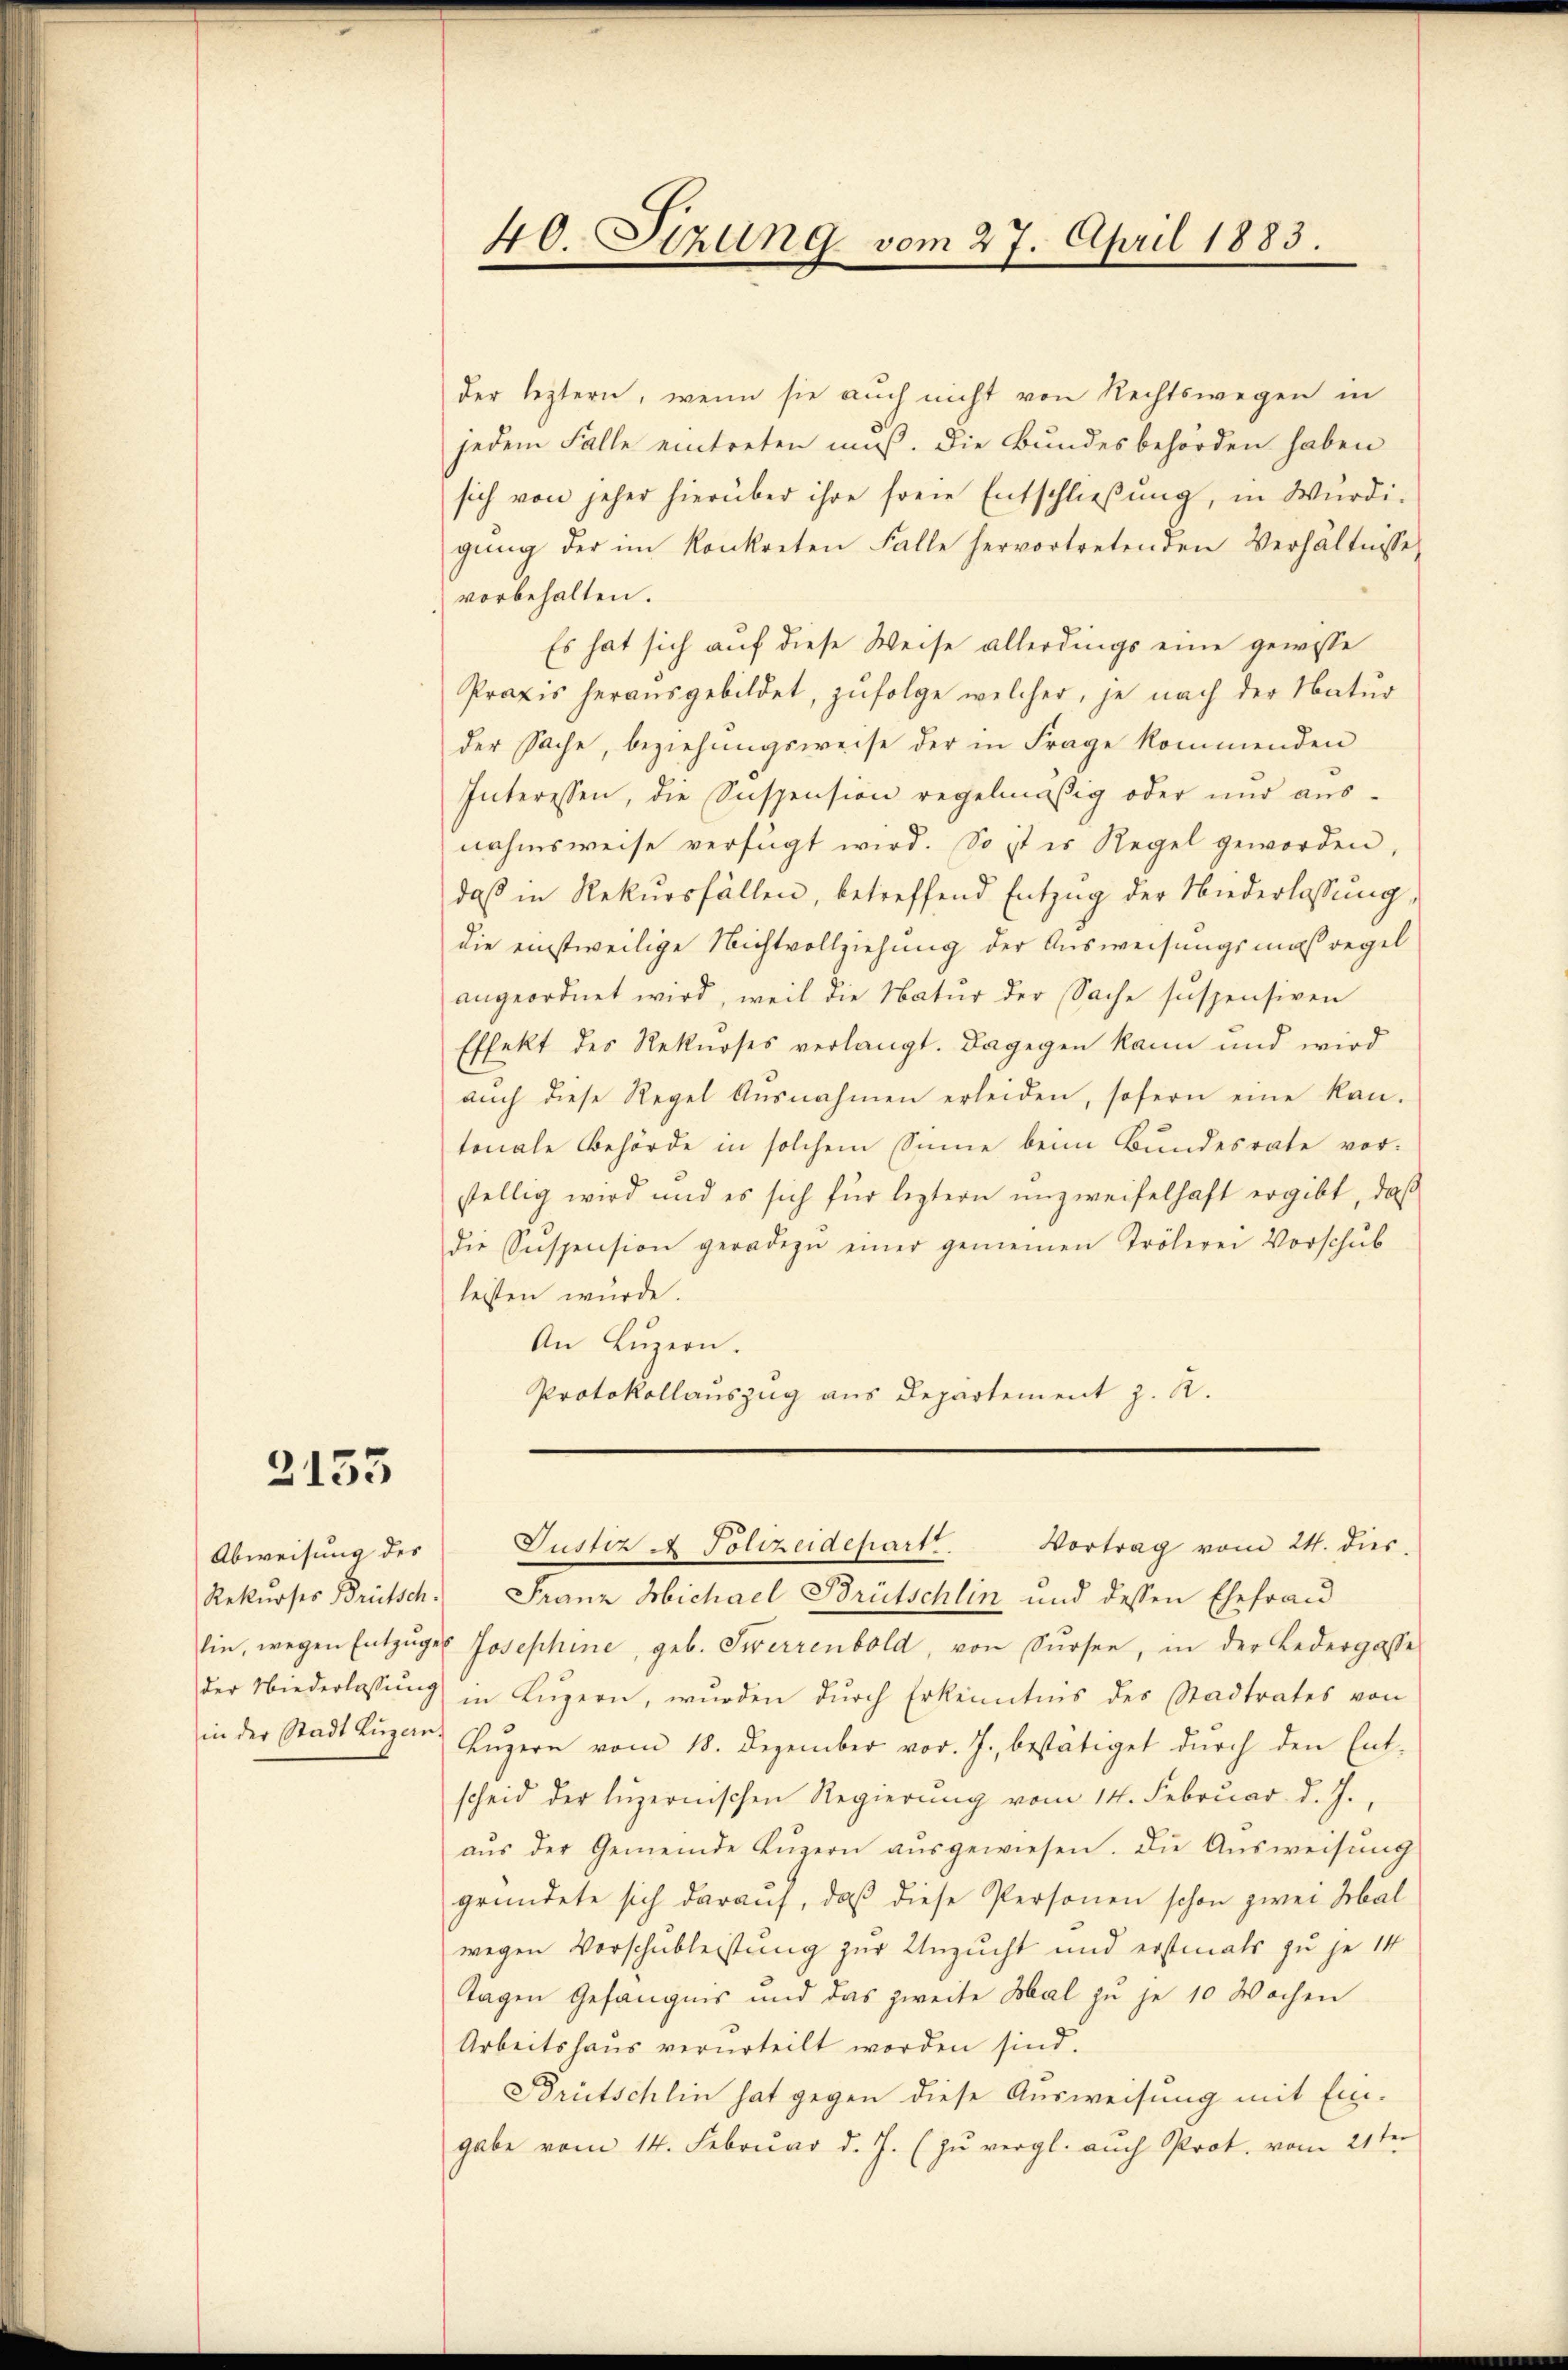
2153

der leztern, wenn sie auch nicht von Rechtswegen in
jedem Falle eintreten muß. Die Bundesbehörden haben
sich von jeher hierüber ihre freie Entschließung, in Würdi-
gŭng der im konkreten Falle hervortretenden Verhältnisse
vorbehalten.
Es hat sich auf diese Weise allerdings eine gewisse
Praxis herausgebildet, zufolge welcher, je nach der Natur
der Sache, beziehungsweise der in Frage kommenden
Interessen, die Suspension regelmässig oder und aus-
nahmsweise verfügt wird. So ist es Regel geworden,
daß in Rekursfällen, betreffend Entzug der Niederlassŭng,
die einstweilige Nichtvollziehung der Ausweisungsmaßregel
angeordnet wird, weil die Natur der Sache suspensiven
Effekt des Rekurses verlangt. Dagegen kann und wird
aŭch diese Regel Ausnahmen erleiden, sofern eine kan-
tonale Behörde in solchem Sinne beim Bundesrate vor-
stellig wird und es sich für leztern unzweifelhaft ergibt, daß
die Suspension geradezu einer gemeinen Trölerei Vorschŭb
leisten wurde.
An Luzern.
Protokollauszug aus Departement z. R.

Abweisung des

Rekurses Brütsch. Franz Michael Brütschlin und dessen Ehefrau
lin, wegen Entzŭges Josephine, geb. Swerrenbold, von Sursee, in der Ledergasse
der Niederlassung in Luzern, wurden durch Erkenntnis des Stadtrates von
in der Stadt Luzern Lŭzern vom 18. Dezember vor. J., bestätiget dŭrch den Ent-
scheid der luzernischen Regierung vom 14. Februar d. J.,
aŭs der Gemeinde Luzern aŭsgewiesen. Die Aŭsweisung
gründete sich darauf, daß diese Personen schon zwei Hal
wegen Vorschubleistung zur Unzucht und erstmals zu je 14
Tagen Gefängnis und das zweite Hal zu je 10 Wochen
Arbeitshaus verurteilt worden sind.
Brütschlin hat gegen diese Ausweisung mit Ein-
gabe vom 14. Febrŭar d. J. (zŭ vergl. auch Prot. vom 21ten

40. Sizung vom 27. April 1883.

Justiz & Polizeidepart. Vortrag vom 24. dies